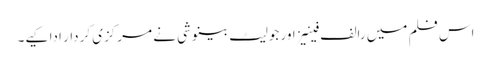
اس فلم میں رالف فینیز اور جولیٹ بینوشی نے مرکزی کردار ادا کیے۔